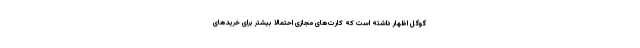
گوگل اظهار داشته است که کارت‌های مجازی احتمالا بیشتر برای خرید‌های